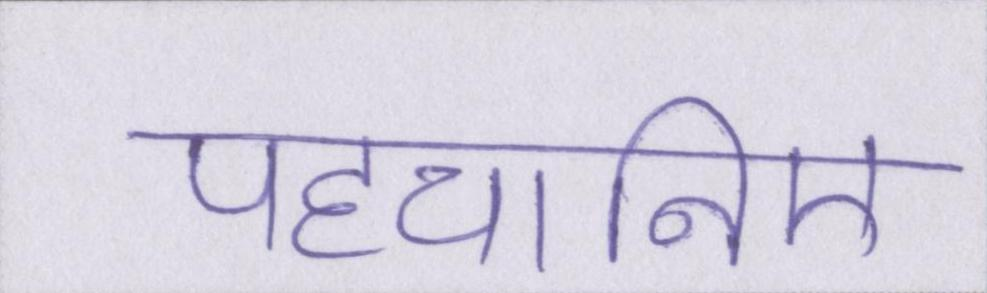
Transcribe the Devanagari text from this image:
पहचानिए